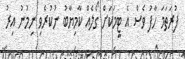
ފުރަތަމަ ހާފު ވެސް އެ ޓީމަކަށް ގޯލެއް ކާމިޔާބު ނުކުރެވި ނިމުނު އިރު